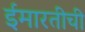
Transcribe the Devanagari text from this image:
ईमारतीची